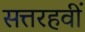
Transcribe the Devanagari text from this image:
सत्तरहवीं